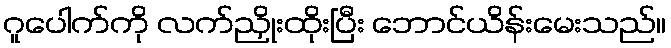
ဂူပေါက်ကို လက်ညှိုးထိုးပြီး ဘောင်ယိန်းမေးသည်။